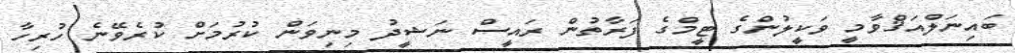
ބައިނަލްއަޤްވާމީ ވަކީލުންގެ ޓީމްގެ ފަރާތުން ރައީސް ނަޝީދު މިނިވަން ކުރުމަށް ކުރެވޭނެ ހުރިހާ